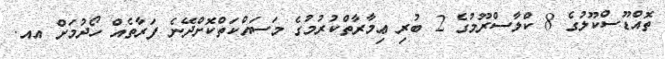
ތޮއްޑޫސްކޫލުގެ 8 ކްލާސްރޫމުގެ 2 ބުރި ޢިމާރާތްކުރުމުގެ މަސައްކަތްކޮށްދޭނެ ފަރާތެއް ހޯދުމަށް އއ.